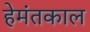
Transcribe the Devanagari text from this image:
हेमंतकाल